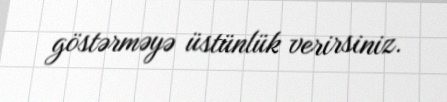
göstərməyə üstünlük verirsiniz.